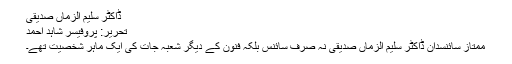
ڈاکٹر سلیم الزماں صدیقی
تحریر: پروفیسر شاہد احمد
ممتاز سائنسدان ڈاکٹر سلیم الزماں صدیقی نہ صرف سائنس بلکہ فنون کے دیگر شعبہ جات کی ایک ماہر شخصیت تھے۔